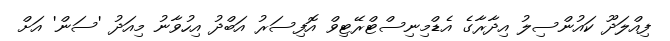
ފިއްލަދޫ ކައުންސިލު އިދާރާގެ އެޑްމިނިސްޓްރޭޓިވް އޮފިސަރު އަބްދު އިހުވާނު މިއަދު 'ސަން' އަށް